Scottish Leaving Certificate Examination, 1959
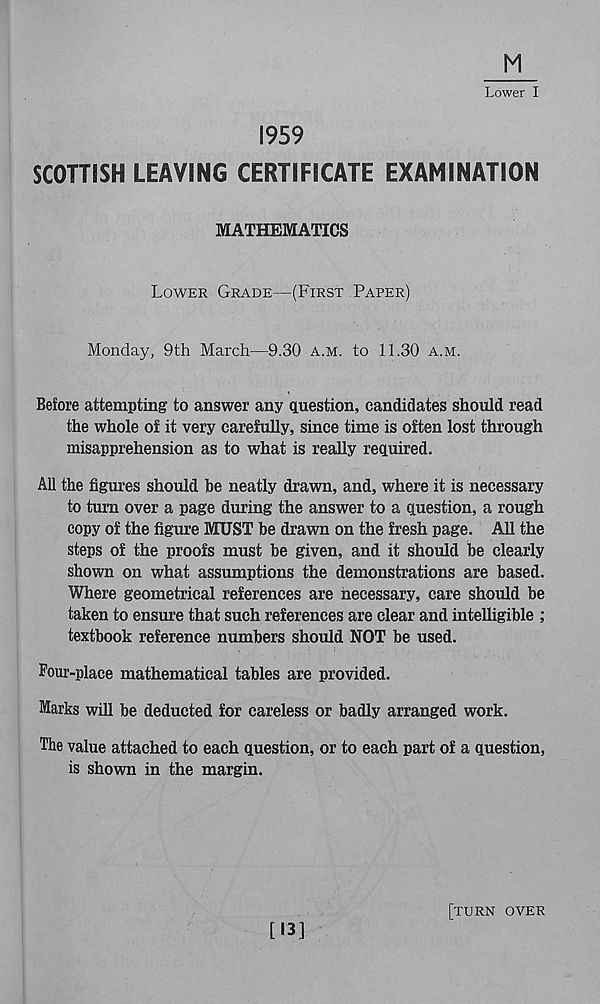
Lower I
1959
SCOTTISH LEAVING CERTIFICATE EXAMINATION
MATHEMATICS
Lower Grade—(First Paper)
Monday, 9th March—9.30 a.m. to 11.30 a.m.
Before attempting to answer any question, candidates should read
the whole of it very carefully, since time is often lost through
misapprehension as to what is really required.
All the figures should be neatly drawn, and, where it is necessary
to turn over a page during the answer to a question, a rough
copy of the figure MUST be drawn on the fresh page. All the
steps of the proofs must be given, and it should be clearly
shown on what assumptions the demonstrations are based.
Where geometrical references are necessary, care should be
taken to ensure that such references are clear and intelligible ;
textbook reference numbers should NOT be used.
Pour-place mathematical tables are provided.
Marks will be deducted for careless or badly arranged work.
The value attached to each question, or to each part of a question,
is shown in the margin.
[13]
[turn over